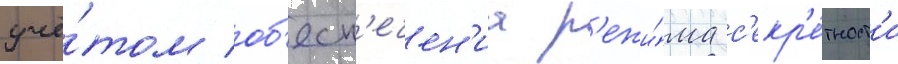
учё́том об'есп'ечен'иа р'ежи́ма с'екр'е́тност'и